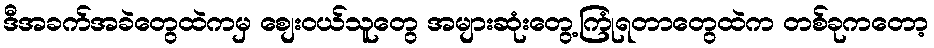
ဒီအခက်အခဲတွေထဲကမှ စျေးဝယ်သူတွေ အများဆုံးတွေ့ကြုံရတာတွေထဲက တစ်ခုကတော့